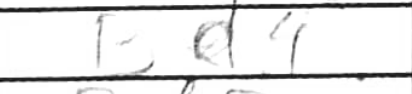
Transcription: Bd4